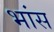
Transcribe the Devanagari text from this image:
भांस